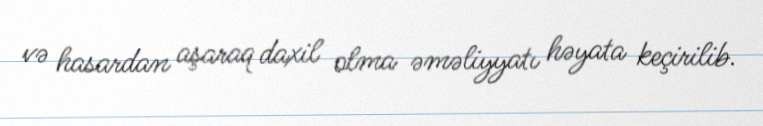
və hasardan aşaraq daxil olma əməliyyatı həyata keçirilib.